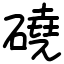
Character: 磽